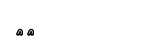
٣٣